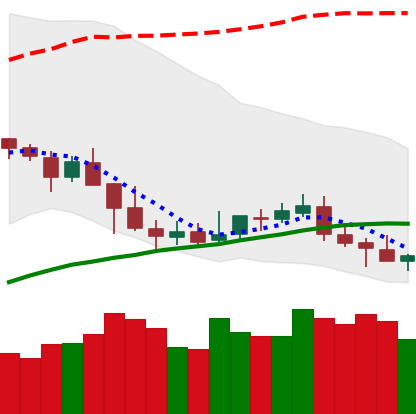
Ticker: NEO-USD
Chart end date: 2019-05-08
Forward return: 8.671%
Label: up_7plus